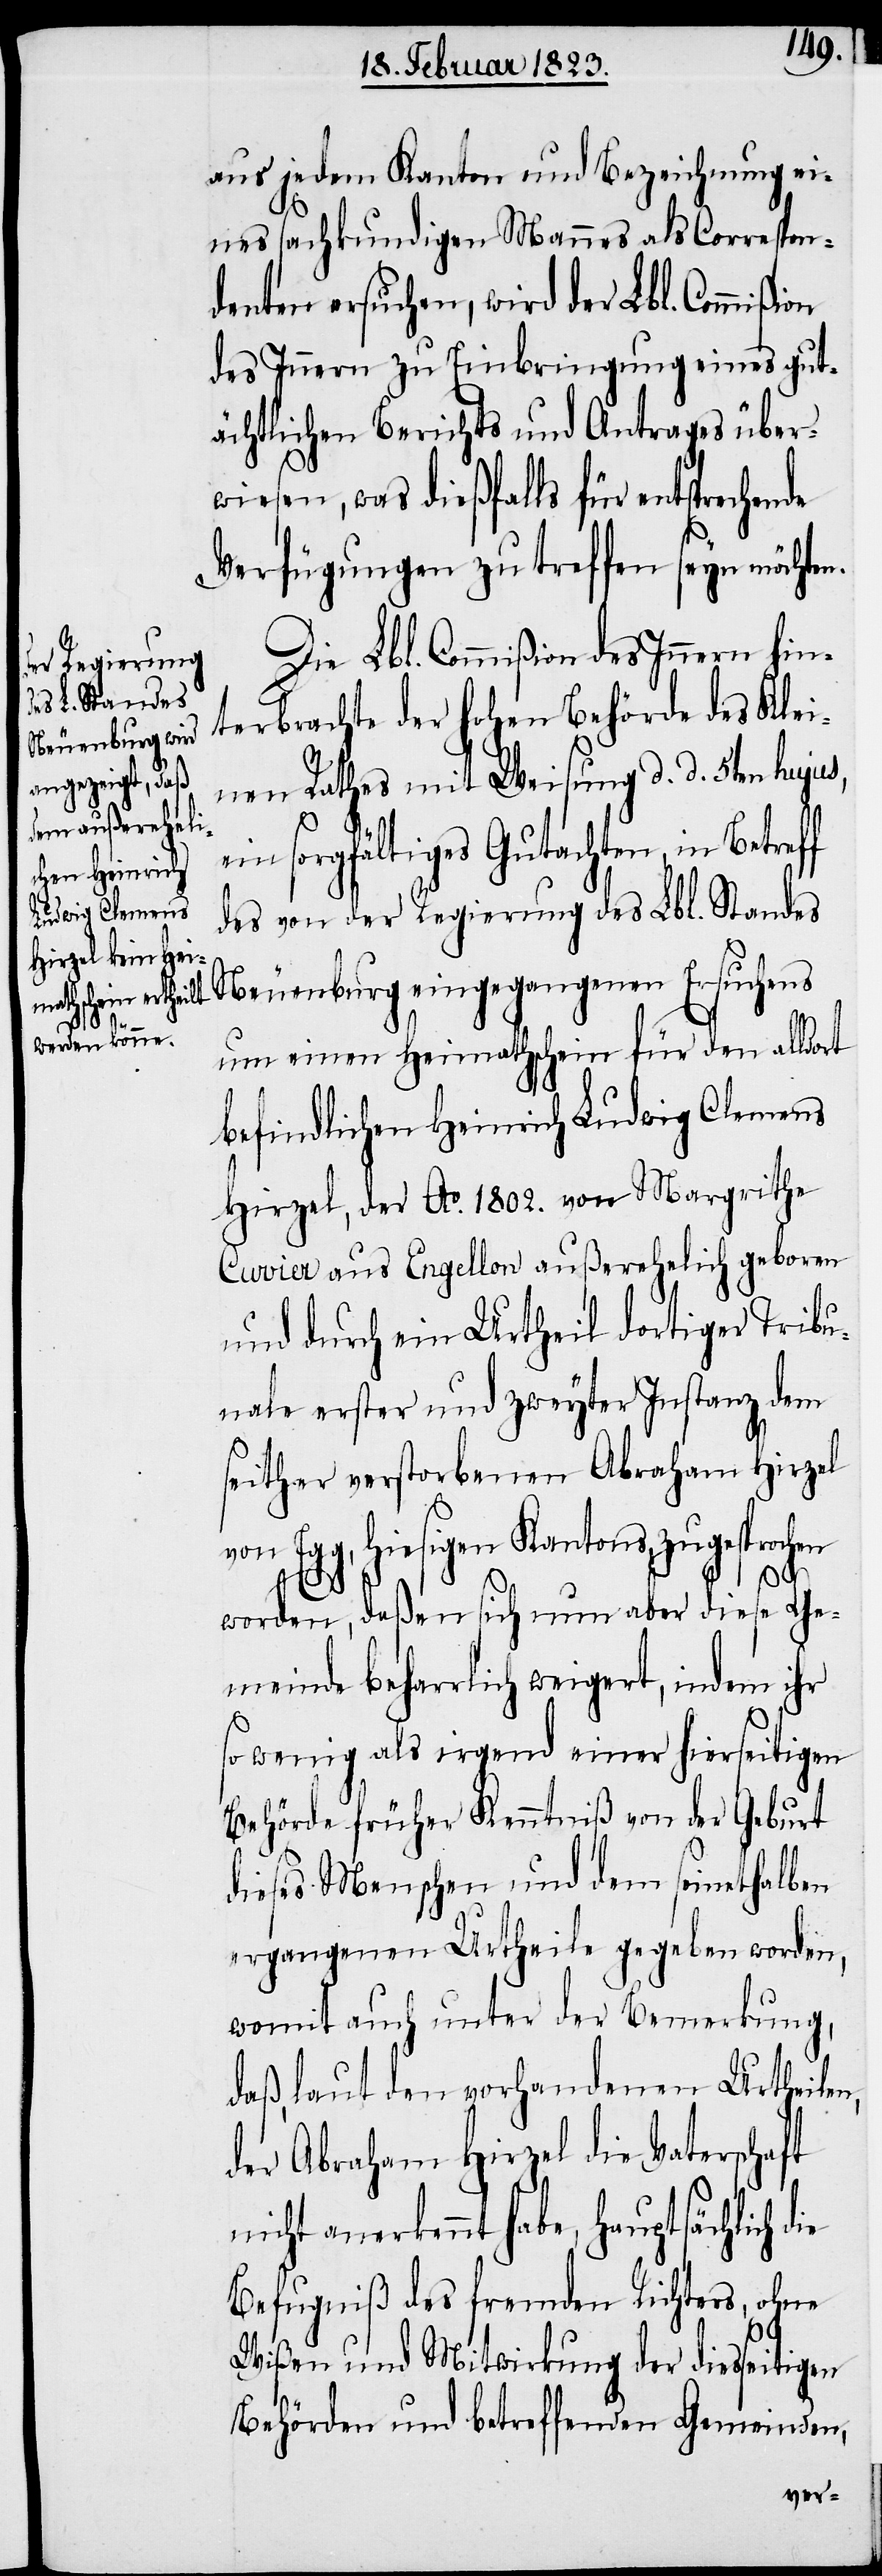
ie

aus jedem Kanton und Bezeichnung ei¬
nes fachkundigen Mannes als Correspon¬
denten ersuchen, wird der Lbl. Commißion
des Innern zu Einbringung eines gut¬
ächtlichen Berichts und Antrages über¬
wiesen, was dießfalls für entsprechende
Verfügungen zu treffen seyn möchten.
Die Lbl. Commißion des Innern hin¬
terbrachte der hohen Behörde des Klei¬
nen Rathes mit Weisung d. d. 5ten hujus,
ein sorgfältiges Gutachten, in Betreff
des von der Regierung des Lbl. Standes
Neuenburg eingegangenen Ersuchens
um einen Heimathschein für den alldort
befindlichen Heinrich Ludwig Clemens
Hirzel, der Ao. 1802. von Margrithe
Cuvier aus Engellon außerehelich geboren
und durch ein Urtheil dortiger Tribu¬
nale erster und zweyter Instanz dem
seither verstorbenen Abraham Hirzel
von Egg, hiesigen Kantons, zugesprochen
worden, deßen sich nun aber diese Ge¬
meinde beharrlich weigert, indem ihr
so wenig als irgend einer hierseitigen
Behörde früher Kenntniß von der Geburt
dieses Menschen und dem seinethalben
ergangenen Urtheile gegeben worden,
womit auch unter der Bemerkung,
daß, laut den vorhandenen Urtheilen,
der Abraham Hirzel die Vaterschaft
nicht anerkennt habe, Hauptsächlich d¬
Befugniß des fremden Richters, ohne
Wißen und Mitwirkung der diesseitigen
Behörden und betreffenden Gemeinden,